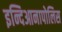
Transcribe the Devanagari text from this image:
इन्दिआनापोलिस